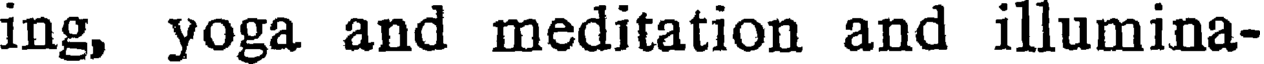
ing, yoga and meditation and illumina-